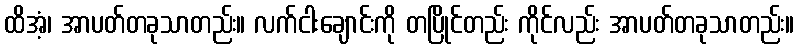
ထိအံ့၊ အာပတ်တခုသာတည်း။ လက်ငါးချောင်းကို တပြိုင်တည်း ကိုင်လည်း အာပတ်တခုသာတည်း။